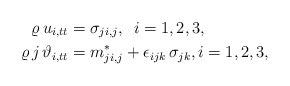
\begin{align*} \varrho \, {u}_{i,tt}&=\sigma_{ji,j} , \ \, i=1,2,3,\\ \varrho \,j\, {\vartheta}_{i,tt}&=m_{ji,j}^* + \epsilon_{ijk}\,\sigma_{jk} , i=1,2,3,\end{align*}